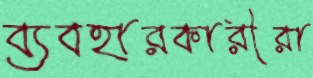
ব্যবহারকারীরা